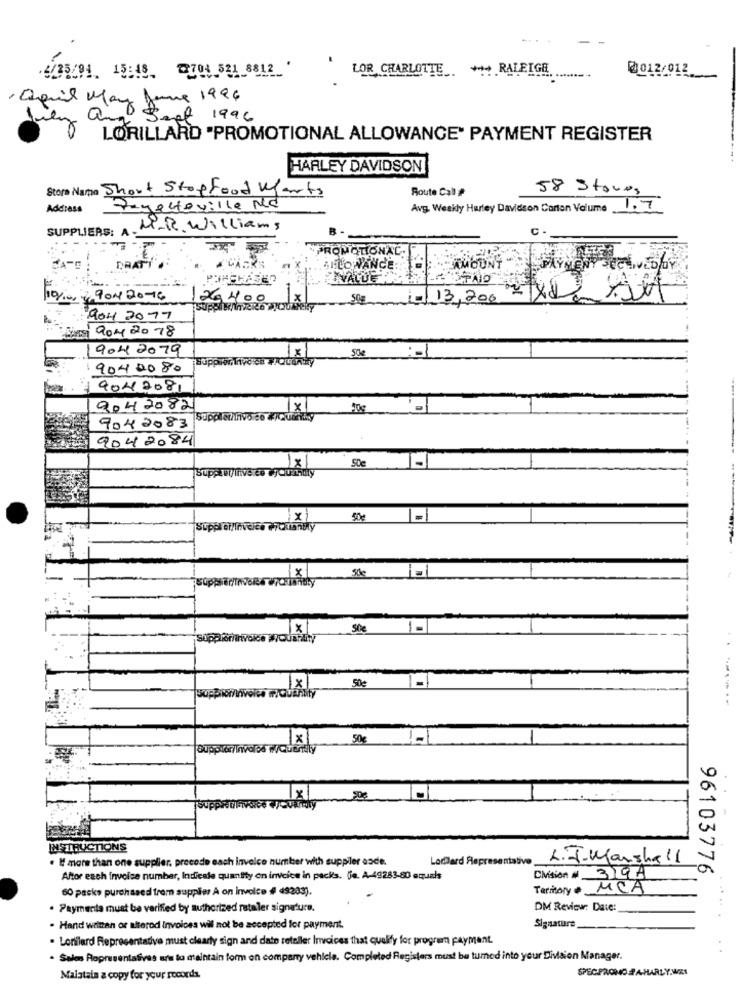
.2/25/94 15:18 704 521 8812 '
LOR CHARLOTTE *** RALEIGH
0012/012
, aquil Mary Jane 1996
am
Sept 1996
LORILLARD "PROMOTIONAL ALLOWANCE" PAYMENT REGISTER
HARLEY DAVIDSON
Store Name Shout Stop Food Warts
Route Call #
58 Stones
Address
Fayetteville No
Avg, Weekly Harley Davidson Carton Volume 1.7
SUPPLIERS: A-
M.R. Williams
C
DRAT
ALLOWANCE:
AMOUNT
VALUE
9ON2076
C) 13,200 - xd xSet
Suppl W/inverno
904 2017
9042078
9042079
18
50e
:- 1
sup
9042080
9042081
904 2082
9042083
9042084
SDe
Support
50g
500
50e
1-
supplio
50€
-------
50€
INSTRUCTIONS
. If more than one supplier, precede each invoice number with supplier asde.
Locard Representative
L.J-Marshall
96103776
Affor each invoice number, Indiesle quantity on invoice in packs. (je. A-49283-80 equals
Cision # 3194
60 packs purchased trem suppler À on invoice # 49283).
Territory e MCA
. Paymenta must be verified by authorized rataler signature.
DM Review: Date:
...
· Hand written or alterod Invoices wil not be accepted for payment.
Signature
Lorilard Representative must clearly sign and date reteller Invoices that qualify for program payment.
..
· Sales Representatives are to maintain form on comparry vehicle. Completed Registers must be turned into your Division Manager.
SPEC-PRONO FA-HARLY.WKI
Maistala a copy for your records.